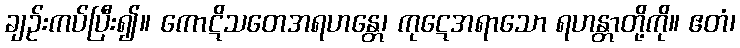
ချဉ်းကပ်ပြီး၍။ ကောဋိသတေအရဟန္တေ၊ ကုဋေအရာသော ရဟန္တာတို့ကို။ ဧတံ၊